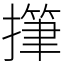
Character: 𢴩